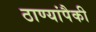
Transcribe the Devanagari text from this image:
ठाण्यांपैकी